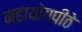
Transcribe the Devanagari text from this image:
महायोगपीठे